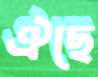
ঐছে